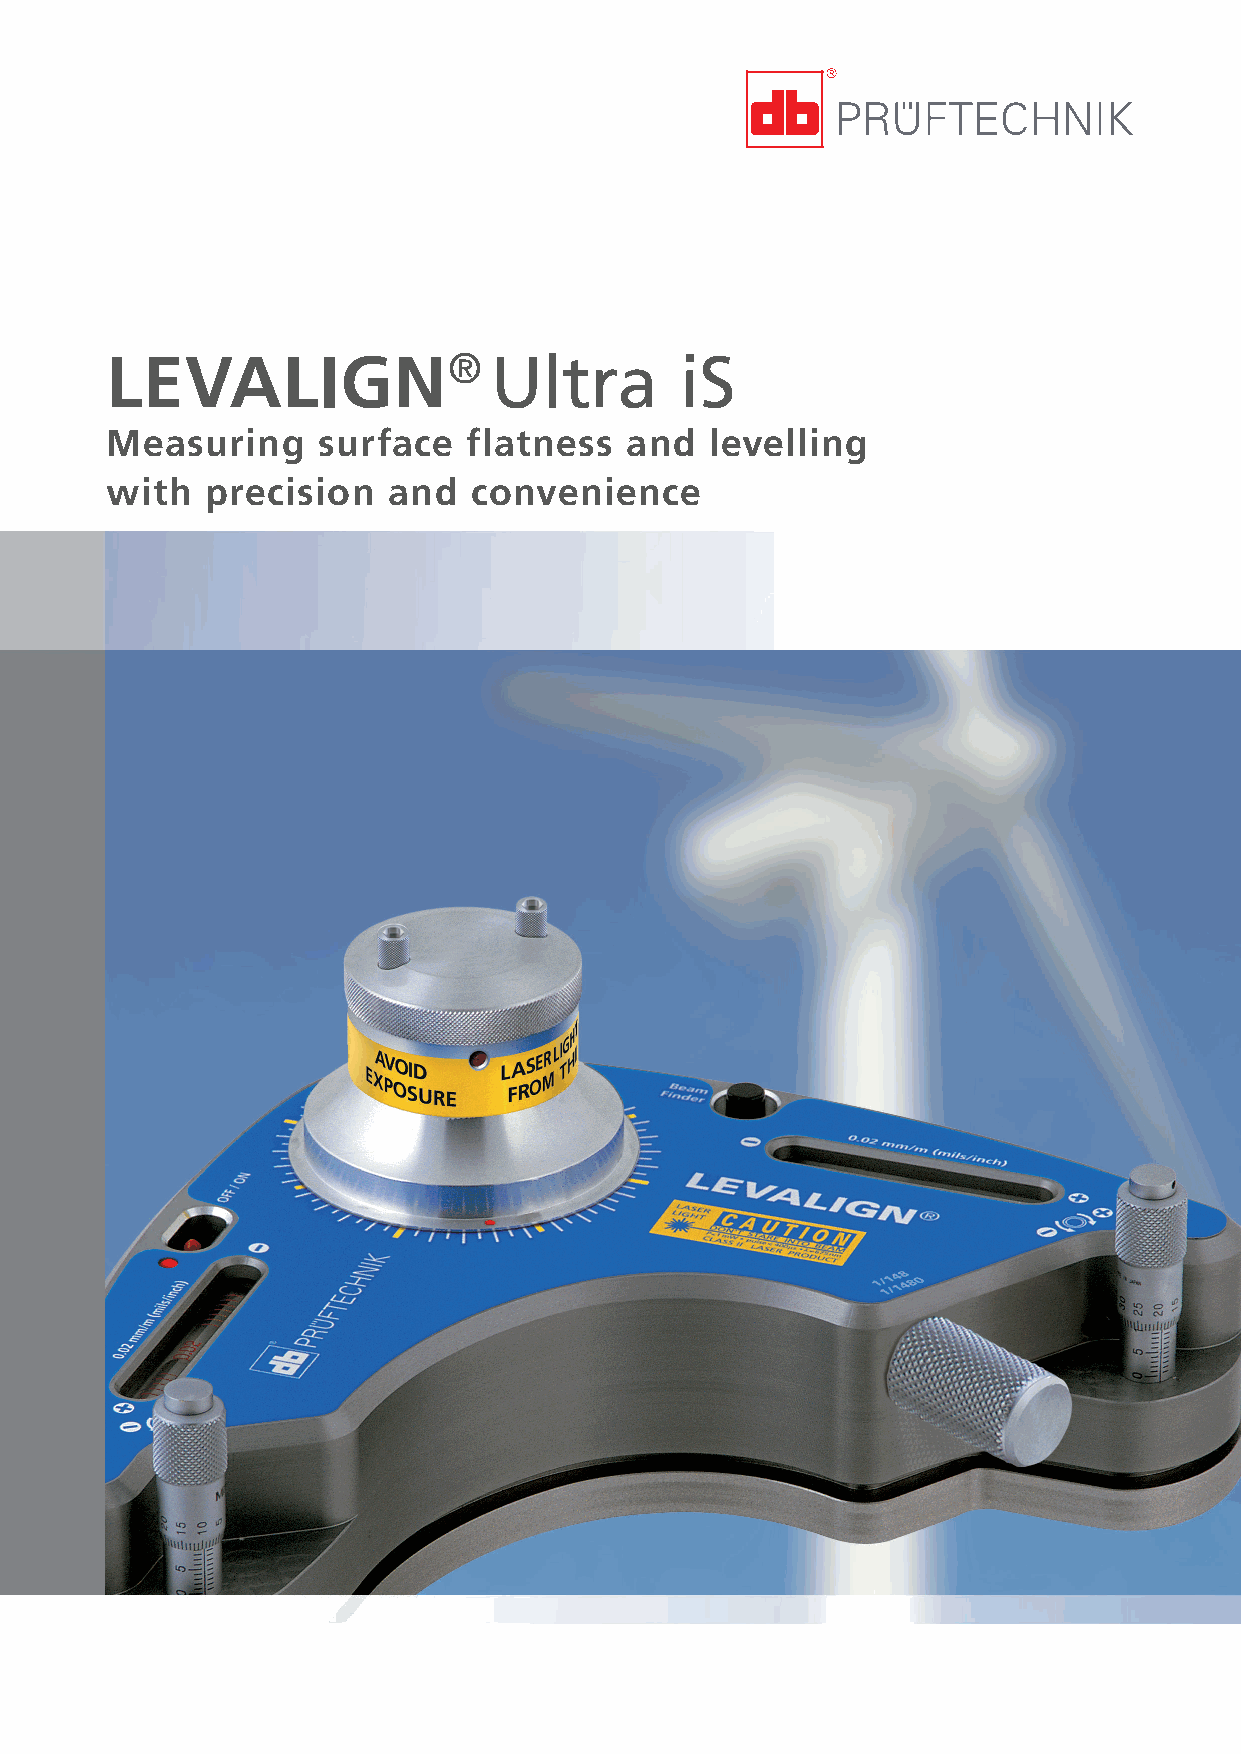
LEVALIGN®                Ultra        iS
 Measuring     surface   flatness  and   levelling
 with   precision   and  convenience